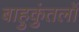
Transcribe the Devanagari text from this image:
बाहुकुंतलों